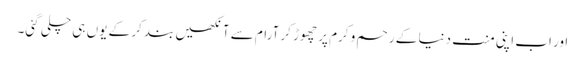
اور اب اپنی منت دنیا کے رحم و کرم پر چھوڑ کر آرام سے آنکھیں بند کر کے یوں ہی چلی گئی۔